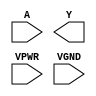
module sky130_fd_sc_hs__inv (
    //# {{data|Data Signals}}
    input  A   ,
    output Y   ,

    //# {{power|Power}}
    input  VPWR,
    input  VGND
);
endmodule